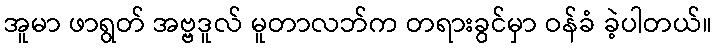
အူမာ ဖာရွတ် အဗ္ဗဒူလ် မူတာလဘ်က တရားခွင်မှာ ဝန်ခံ ခဲ့ပါတယ်။